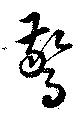
驚